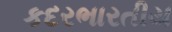
કદરભારતીય